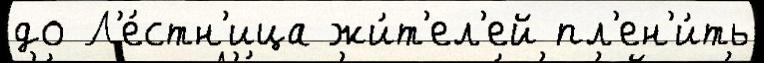
до Л'е́стн'ица жи́т'ел'ей пл'ен'и́ть